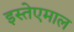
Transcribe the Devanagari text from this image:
इस्तेएमाल